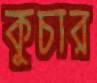
কুচার